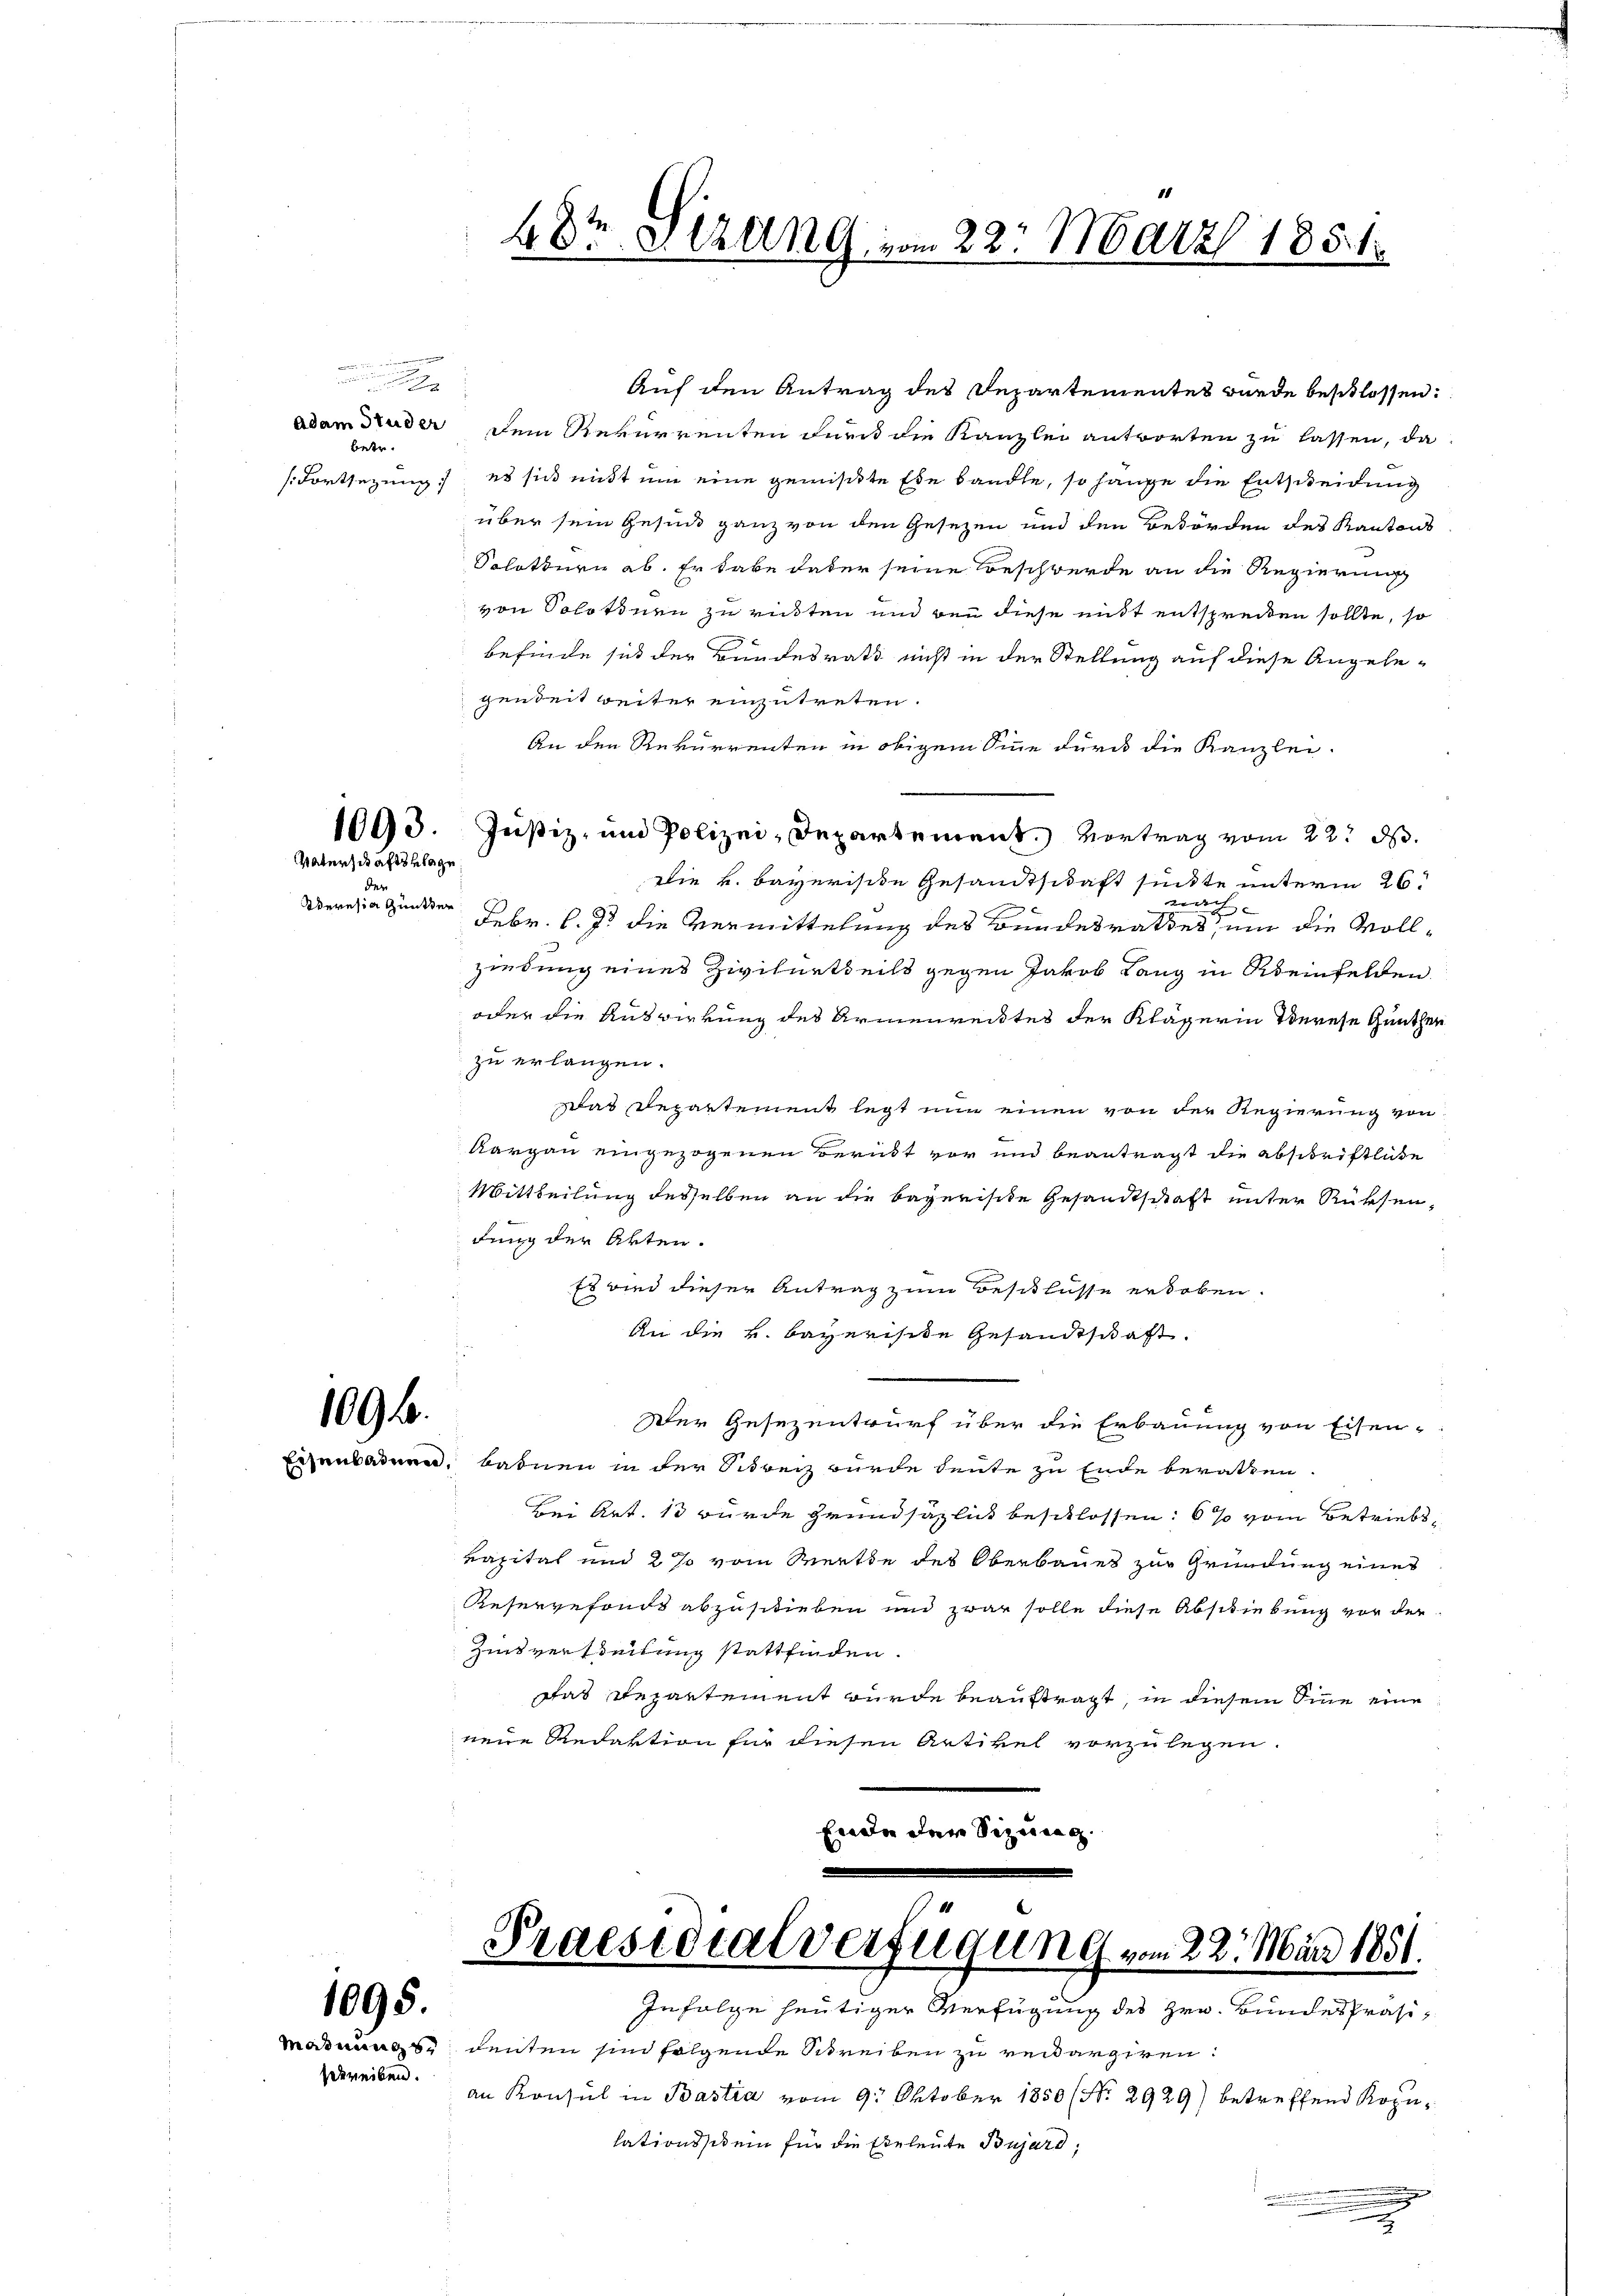
e
wesen werden nichten

x
betr.

Vaterschaftsklage

der
Deresia Guntter

1095.

schreiben.

Auf den Antrag des Departementes wurde beschlossen:
adam Bruder dem Rekurrenten durch die Kanzlei antworten zu lassen, da
(Fortsezung es sich nicht um eine gemisste Ehe bandte, so hange die Entscheidung
über sein Gesind ganz von den Gesezen und den Behörden des Kantons
Solothurn ab. Er habe daher seine Beschwerde an die Regierung
von Solotinen zurückten und von diese mit entspreiten sollte, so
befinde sich der Bundesrath nicht in der Stellung auf diese Angelegenbeit weiter einzutreten.
An den Rekurrenten in obigem Sinne durch die Kanzlei-
1093. Justiz- und Polizei-Departement. Vortrag vom 22. d.
Die k. bayerische Gesandtschaft sinkte unterm 26.
weich
Febr. l. J. die Vermittelung des Bundesrathes, um die Vollziedung eines Zivilurtheils gegen Jakob Lang in Rheinfelden
oder die Auswirkung des Armenrecktes der Klägerin derese Günthen
zu erlangen.
as Departement legt nun einen von der Regierung von
Aargau eingezogenen Berückt vor und beantragt die Abschriftliche
Mittheilung desselben an die begerische Gesandtschaft unter Rücksendung der Akten.
Es wird dieser Antrag zum Beschlüsse erhoben.
An die v. Bayerische Gesandtschaft.
1096.
Der Gesezentwurf über die Erbauung von Eisen-
xenbadern, Bahnen in der Strech wurde heute zu Ende berathen.
Bei Art. 13 wurde Grundsätzlich beschlossen: 6% vom Betriebskapital und 2 % vom Werthe des Oberbaues zur Gründung eines
Reservefonds abzuschieben und zwar solle diese Abschiebung vor der
Zinsvertheilung stattfinden
das Repartement wurde beauftragt, in diesem Sinne eine
neue Redaktion für diesen Artikel vorzulegen.
Ende der Sizung.

48t Sitzung vom 22. März 1851.

Praesidialverfügung vom 22. März 1831.
Infolge heutiger Verfügung des Hrn. Bundes Präsi¬

Modmages deuten sind folgende Schreiben zu reikargiren:
an Konsul in Bastia vom 9. Oktober 1850 (No. 2929) betreffend Kopulationssit ein für die Eheleute Bujard,
w

g
.